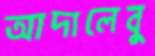
আদালেবু